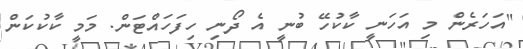
"އަހަރެން މި އަހަނީ ކާކުހޭ ބުނީ އެ ދޯނި ހިފަހައްޓަން. މަމީ ކާކުކަން